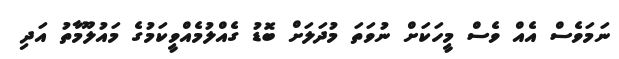
ނަމަވެސް އެއް ވެސް މީހަކަށް ނުވަތަ މުދަލަށް ބޮޑު ގެއްލުމެއްވީކަމުގެ މައުލޫމާތު އަދި